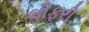
લીફરી